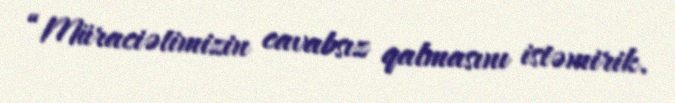
“Müraciətimizin cavabsız qalmasını istəmirik.